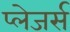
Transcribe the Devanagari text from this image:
प्लेजर्स